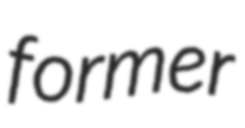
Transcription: former